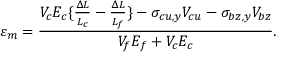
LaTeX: \varepsilon _ { m } = { \frac { V _ { c } E _ { c } \{ { \frac { \Delta L } { L _ { c } } } - { \frac { \Delta L } { L _ { f } } } \} - \sigma _ { c u , y } V _ { c u } - \sigma _ { b z , y } V _ { b z } } { V _ { f } E _ { f } + V _ { c } E _ { c } } } .